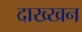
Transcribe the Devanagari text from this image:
दाख्खन